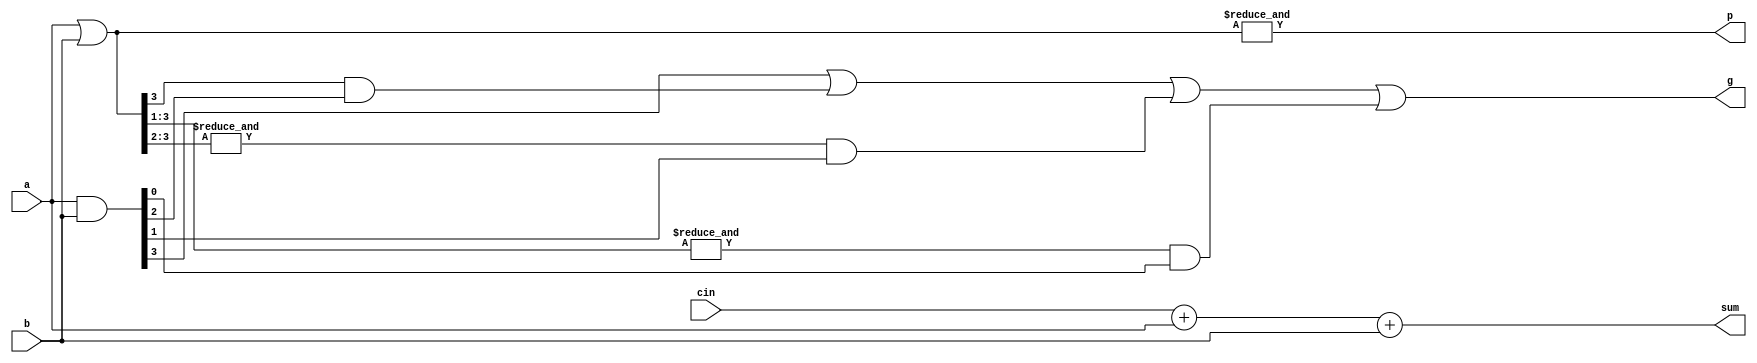
module adder(a, b, cin, sum, g, p);

	input wire [3:0] a;
	input wire [3:0] b;
	input wire cin;

	output wire [3:0] sum;
	output wire p;
	output wire g;

	wire [3:0] gb;
	assign gb = a & b;
	wire [3:0] pb;
	assign pb = a | b;

	assign sum = {{3{1'b0}}, cin} + a + b;
	assign p = &pb;
	assign g = gb[3] | (pb[3] & gb[2]) | (&pb[3:2] & gb[1]) | (&pb[3:1] & gb[0]);

endmodule